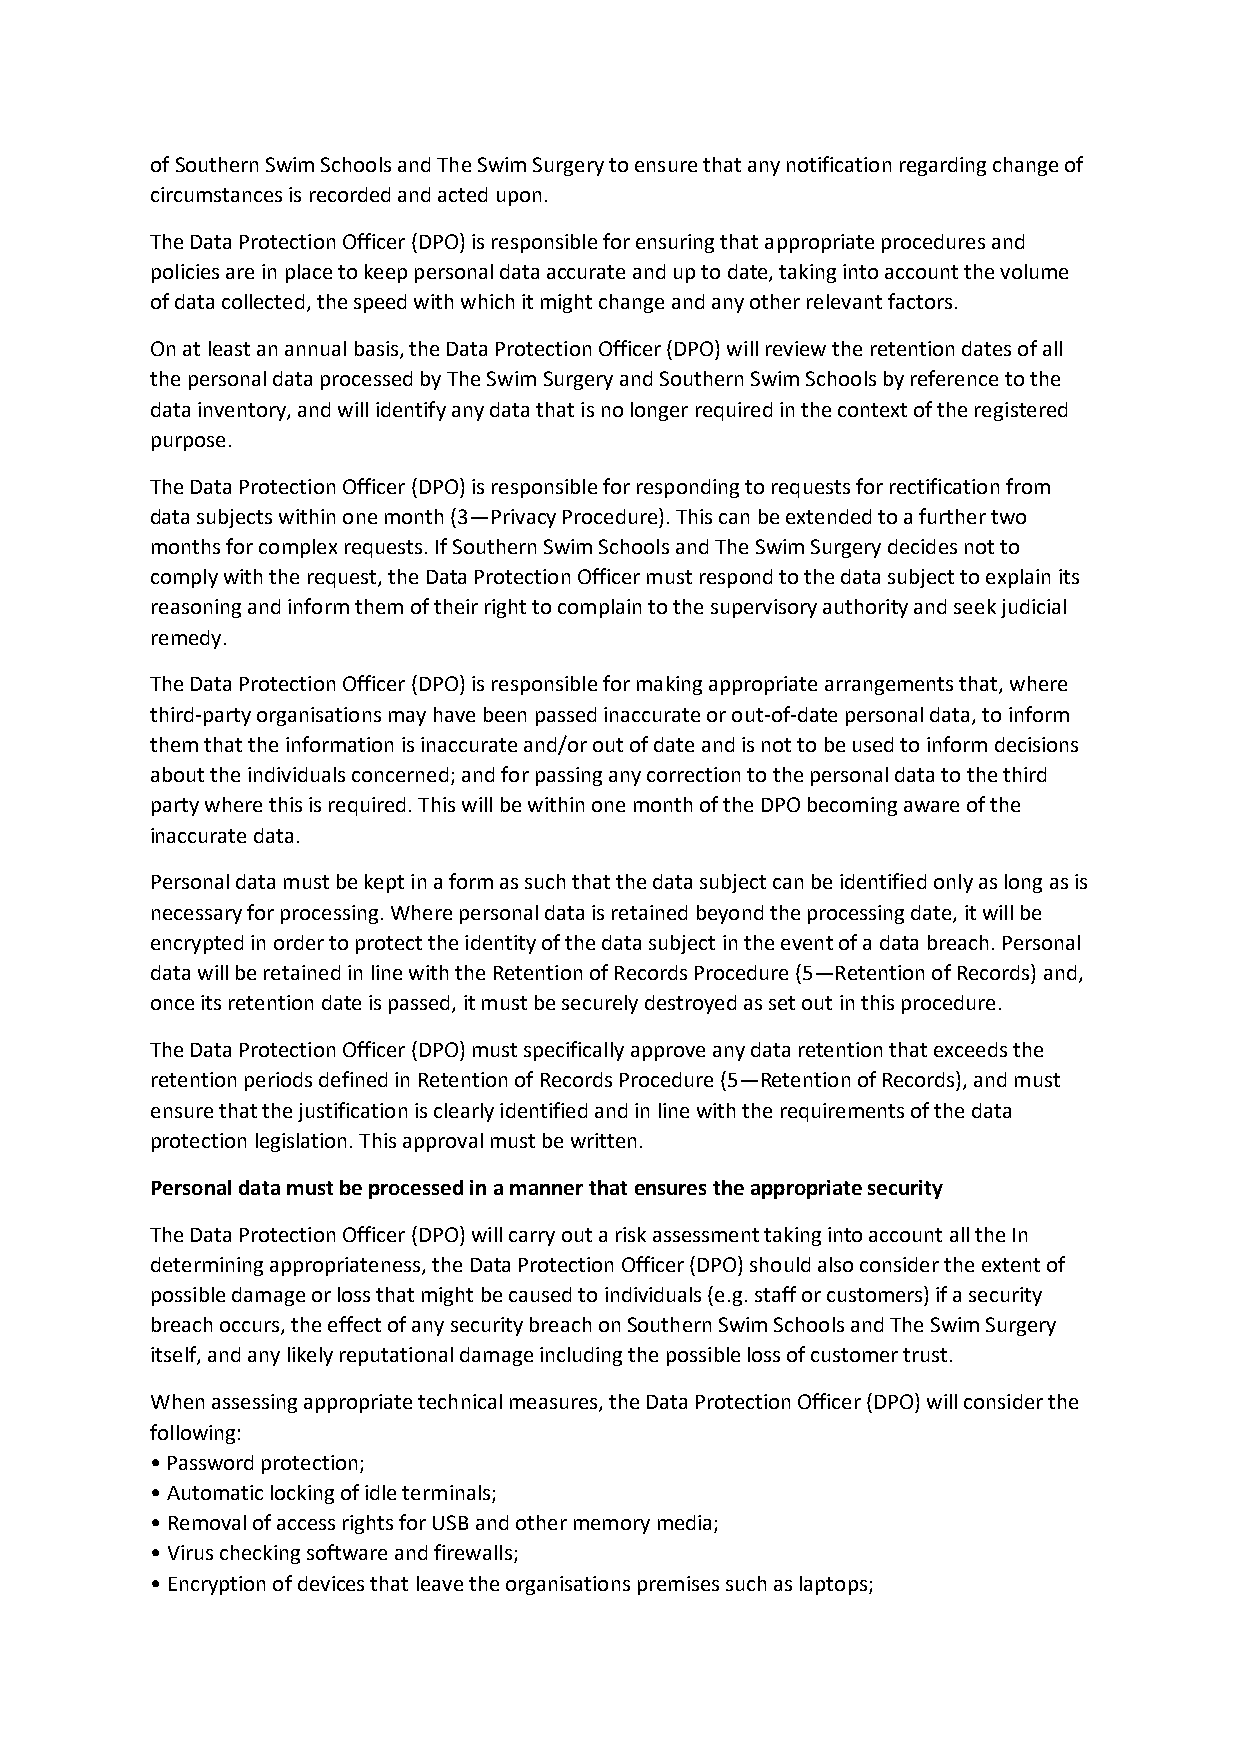
of Southern Swim Schools and The Swim Surgery to ensure that any notification regarding change of
 circumstances is recorded and acted upon.
 The Data Protection Officer (DPO) is responsible for ensuring that appropriate procedures and
 policies are in place to keep personal data accurate and up to date, taking into account the volume
 of data collected, the speed with which it might change and any other relevant factors.
 On at least an annual basis, the Data Protection Officer (DPO) will review the retention dates of all
 the personal data processed by The Swim Surgery and Southern Swim Schools by reference to the
 data inventory, and will identify any data that is no longer required in the context of the registered
 purpose.
 The Data Protection Officer (DPO) is responsible for responding to requests for rectification from
 data subjects within one month (3—Privacy Procedure). This can be extended to a further two
 months for complex requests. If Southern Swim Schools and The Swim Surgery decides not to
 comply with the request, the Data Protection Officer must respond to the data subject to explain its
 reasoning and inform them of their right to complain to the supervisory authority and seek judicial
 remedy.
 The Data Protection Officer (DPO) is responsible for making appropriate arrangements that, where
 third-party organisations may have been passed inaccurate or out-of-date personal data, to inform
 them that the information is inaccurate and/or out of date and is not to be used to inform decisions
 about the individuals concerned; and for passing any correction to the personal data to the third
 party where this is required. This will be within one month of the DPO becoming aware of the
 inaccurate data.
 Personal data must be kept in a form as such that the data subject can be identified only as long as is
 necessary for processing. Where personal data is retained beyond the processing date, it will be
 encrypted in order to protect the identity of the data subject in the event of a data breach. Personal
 data will be retained in line with the Retention of Records Procedure (5—Retention of Records) and,
 once its retention date is passed, it must be securely destroyed as set out in this procedure.
 The Data Protection Officer (DPO) must specifically approve any data retention that exceeds the
 retention periods defined in Retention of Records Procedure (5—Retention of Records), and must
 ensure that the justification is clearly identified and in line with the requirements of the data
 protection legislation. This approval must be written.
 Personal data must be processed in a manner that ensures the appropriate security
 The Data Protection Officer (DPO) will carry out a risk assessment taking into account all the In
 determining appropriateness, the Data Protection Officer (DPO) should also consider the extent of
 possible damage or loss that might be caused to individuals (e.g. staff or customers) if a security
 breach occurs, the effect of any security breach on Southern Swim Schools and The Swim Surgery
 itself, and any likely reputational damage including the possible loss of customer trust.
 When assessing appropriate technical measures, the Data Protection Officer (DPO) will consider the
 following:
 • Password protection;
 • Automatic locking of idle terminals;
 • Removal of access rights for USB and other memory media;
 • Virus checking software and firewalls;
 • Encryption of devices that leave the organisations premises such as laptops;